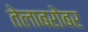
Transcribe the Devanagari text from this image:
तेलाबरोबर